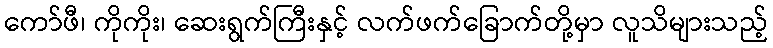
ကော်ဖီ၊ ကိုကိုး၊ ဆေးရွက်ကြီးနှင့် လက်ဖက်ခြောက်တို့မှာ လူသိများသည့်